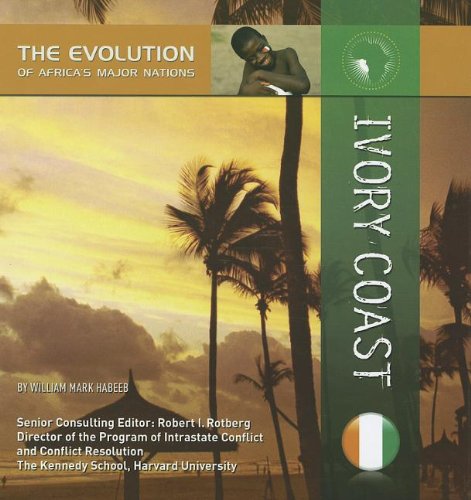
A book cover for Ivory Coast (Evolution of Africa's Major Nations); William Mark Habeeb; Children's Books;